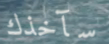
سآخذك